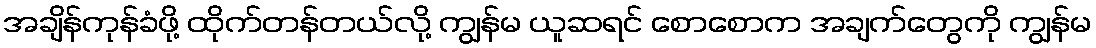
အချိန်ကုန်ခံဖို့ ထိုက်တန်တယ်လို့ ကျွန်မ ယူဆရင် စောစောက အချက်တွေကို ကျွန်မ